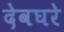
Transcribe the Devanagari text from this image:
देवघरे